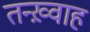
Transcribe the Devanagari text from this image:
तन्ख़्वाह